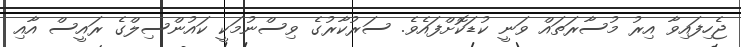
ޖެހިފައިވާ އިރު މުސާރަތައް ވަނީ ކުޑަކޮށްފައެވެ. ސަރުކާރުގެ ވިސްނުމަކީ ކައުންސިލްގެ ރައީސް އާއި